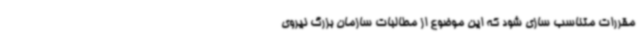
مقررات متناسب سازی شود که این موضوع از مطالبات سازمان بزرگ نیروی